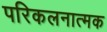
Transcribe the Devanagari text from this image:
परिकलनात्मक